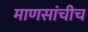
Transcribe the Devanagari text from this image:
माणसांचीच